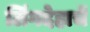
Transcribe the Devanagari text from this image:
लिंगदेहाचें